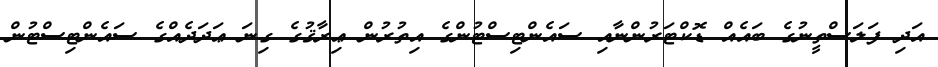
އަދި ފަލަސްތީނުގެ ބައެއް ޑޮކްޓަރުންނާއި ސައެންޓިސްޓުންގެ އިތުރުން ޢިރާޤުގެ ގިނަ ޢަދަދެއްގެ ސައެންޓިސްޓުން